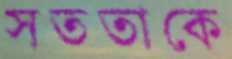
সততাকে